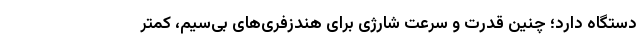
دستگاه دارد؛ چنین قدرت و سرعت شارژی برای هندزفری‌های بی‌سیم، کمتر